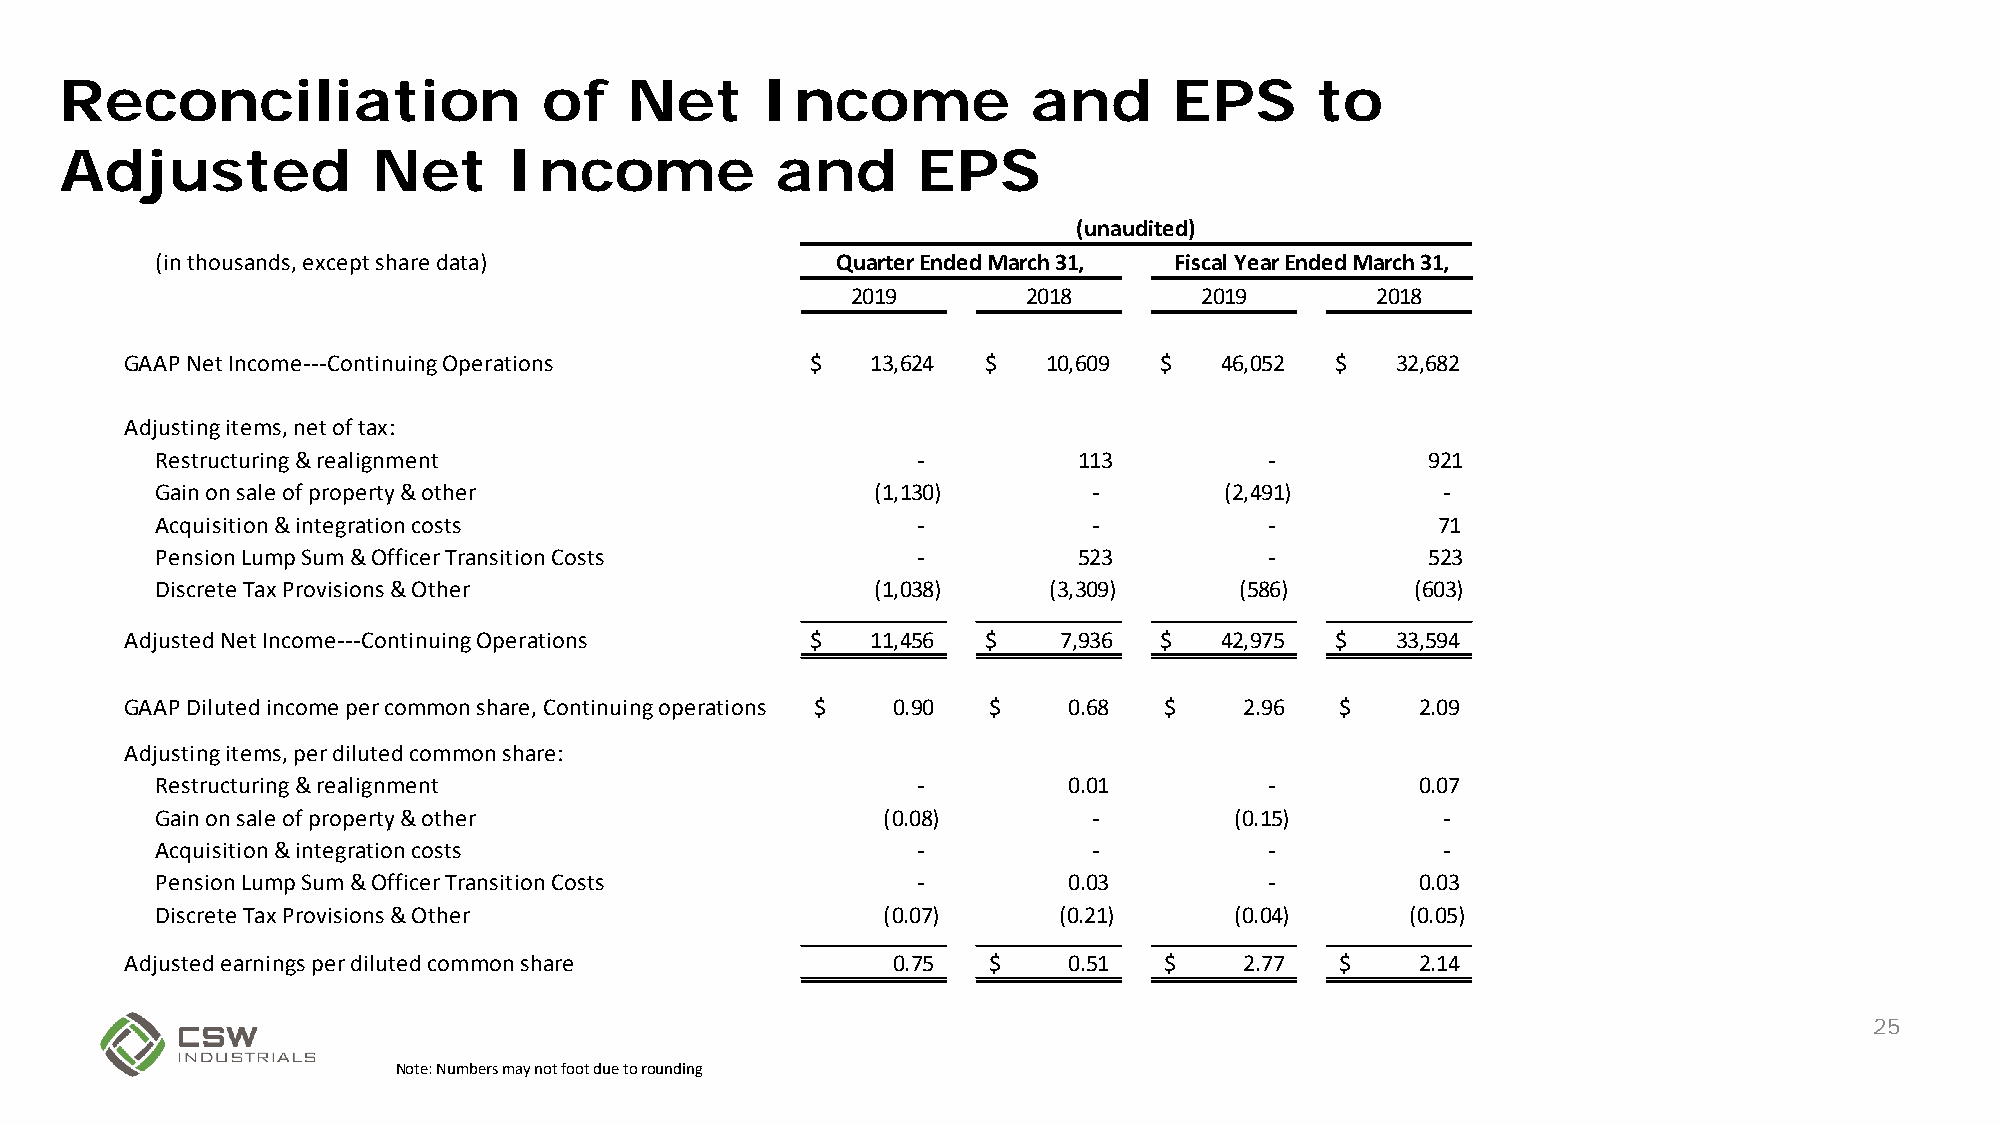
Reconciliation                  of    Net     Income            and       EPS      to
 Adjusted             Net      Income           and       EPS
 (unaudited)
 (in thousands, except share data)            Quarter Ended March 31, Fiscal Year Ended March 31,
 2019        2018       2019        2018
 GAAP Net Income---Continuing Operations       $   13,624 $   10,609  $   46,052 $   32,682
 Adjusting items, net of tax:
 Restructuring & realignment                        -         113          -          921
 Gain on sale of property & other                (1,130)       -        (2,491)       -
 Acquisition & integration costs                    -          -           -          71
 Pension Lump Sum & Officer Transition Costs        -         523          -          523
 Discrete Tax Provisions & Other                 (1,038)    (3,309)      (586)       (603)
 Adjusted Net Income---Continuing Operations   $   11,456 $    7,936  $   42,975 $   33,594
 GAAP Diluted income per common share, Continuing operations $ 0 .90 $ 0 .68 $ 2 .96 $ 2 .09
 Adjusting items, per diluted common share:
 Restructuring & realignment                        -         0.01         -         0.07
 Gain on sale of property & other                (0.08)        -         (0.15)       -
 Acquisition & integration costs                    -          -           -          -
 Pension Lump Sum & Officer Transition Costs        -         0.03         -         0.03
 Discrete Tax Provisions & Other                 (0.07)      (0.21)      (0.04)     (0.05)
 Adjusted earnings per diluted common share         0.75  $     0 .51 $    2 .77  $    2 .14
 25
 Note: Numbers may not foot due to rounding